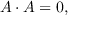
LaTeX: A \cdot A = 0 ,